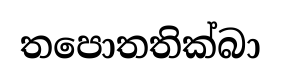
තපොතතික්බා